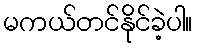
မကယ်တင်နိုင်ခဲ့ပါ။